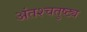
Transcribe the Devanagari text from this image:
अंतश्चतुष्ट्य